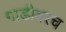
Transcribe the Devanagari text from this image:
गाडीवरच